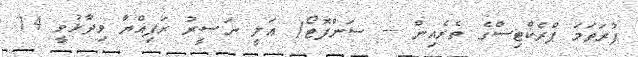
ފުރަތަމަ ޕްރެކްޓިސްގެ ތެރެއިން --- ސަންފޮޓޯ/ ޢަލީ ނަޞީރު ރަފިއްޔާ ވިދާޅުވީ 14